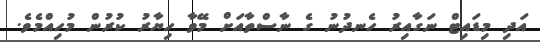
އަދި މިޑައިޓް ނަގާއިރު ހެނދުނު ގެ ނާސްތާއަށް މޭވާ ހިޔާރު ކުރުން މުހިއްމެވެ.